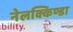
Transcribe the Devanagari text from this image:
नेलक्किण्डा